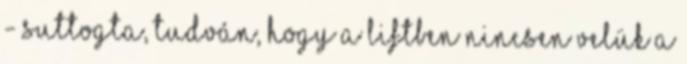
- suttogta, tudván, hogy a liftben nincsen velük a